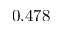
0 . 4 7 8